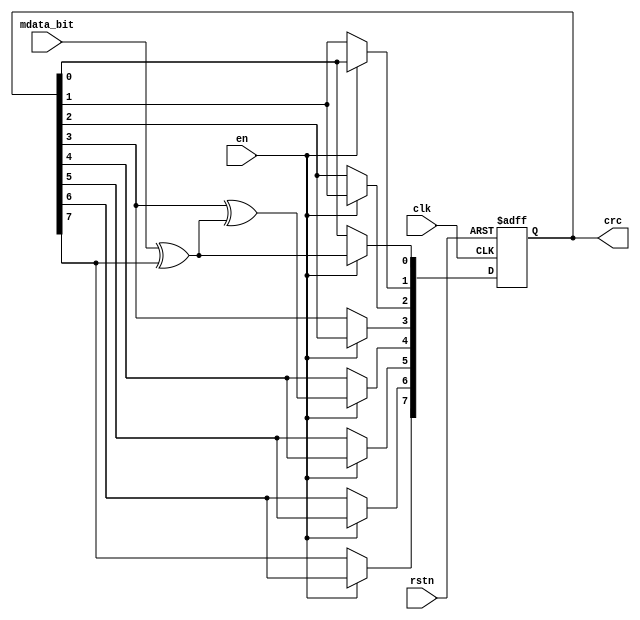
//*****************************
// name: crc8.v
// module: crc8
// description:
//
// version:
// ****************************
//
`timescale 1ns/100ps
module crc8(
	rstn		,
	mdata_bit		,
	en			,
	clk	,
	crc
);
input rstn		;
input mdata_bit	;
input	en			;
input clk	;
output[7:0] crc		;

reg [7:0] crc;

wire bitval;

assign bitval = mdata_bit^crc[7];

always @(posedge clk or negedge rstn)
begin
	if (!rstn)
		crc = 0;
	else
	begin
		if(en == 1) 
		begin
		crc[7] = crc[6];
		crc[6] = crc[5];
		crc[5] = crc[4];
		crc[4] = crc[3] ^ bitval;
		crc[3] = crc[2];
		crc[2] = crc[1];
		crc[1] = crc[0];
		crc[0] = bitval;
		end
	end
end

endmodule



/*
module crc8(
	rstn		,
	mdata		,
	en			,
	clk	,
	crc
);
input rstn		;
input [15:0]	mdata	;
input	en			;
input clk	;
output[7:0] crc		;

reg [7:0] crc;
reg [7:0] crc_tmp;

wire bitval;

reg feedback	;

always @(posedge clk or negedge rstn)
begin
	if(!rstn)
		crc <= 7'b00000000;
	else if(en == 1'b0)
		crc <= 7'b00000000;
	else
		crc <= crc_tmp;
end

always @(posedge mdata or crc)
begin
	crc_tmp = crc;
	for(i=7; i>=0; i=i-1)
	begin
		feedback = crc_tmp[7] ^ mdata[i];
		crc_tmp[7] = crc_tmp[6];
		crc_tmp[6] = crc_tmp[5];
		crc_tmp[5] = crc_tmp[4];
		crc_tmp[4] = crc_tmp[3] ^ feedback;
		crc_tmp[3] = crc_tmp[2];
		crc_tmp[2] = crc_tmp[1];
		crc_tmp[1] = crc_tmp[0];
		crc_tmp[0] = feedback;
	end
end



endmodule
*/